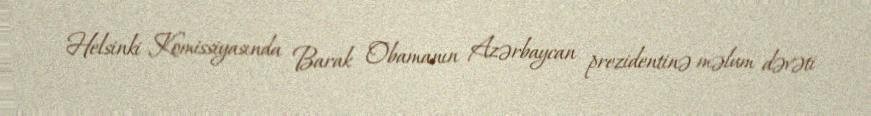
Helsinki Komissiyasında Barak Obamanın Azərbaycan prezidentinə məlum dəvəti